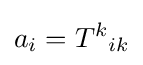
a_{i}=T^{k}{}_{ik}